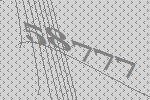
58777